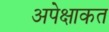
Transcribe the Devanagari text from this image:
अपेक्षाकत